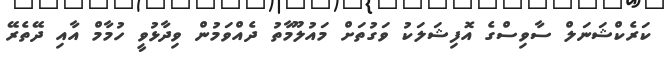
ކަރެކްޝަނަލް ސާވިސްގެ އޮފިޝަލަކު ވަގުތަށް މައުލޫމާތު ދެއްވަމުން ވިދާޅުވީ ހުމާމް އާއި ދޭތެރޭ